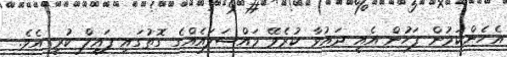
އެހެންކަމުން ފަހުން އެއީ ދައުވާ ކުރެވޭ މައްސަލައެއްގެ ގޮތުގައި ފައިލް ކުރީ އެވެ.